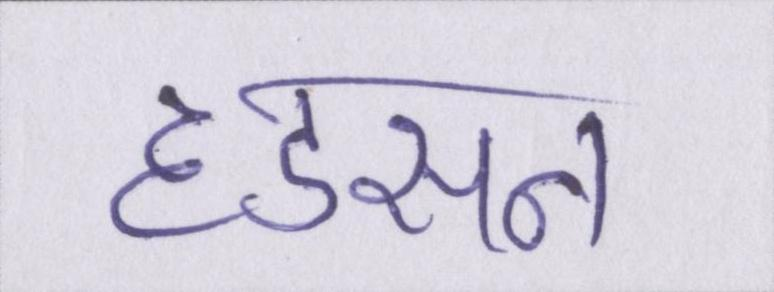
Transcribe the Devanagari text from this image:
हडसन